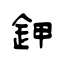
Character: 鉀